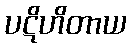
ပဋိဟိတာယ